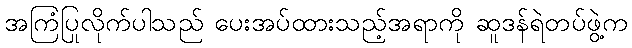
အကြံပြုလိုက်ပါသည် ပေးအပ်ထားသည့်အရာကို ဆူဒန်ရဲတပ်ဖွဲ့က